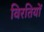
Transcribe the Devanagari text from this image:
विरतियों